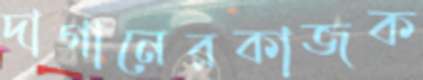
দাগানেরকাজক